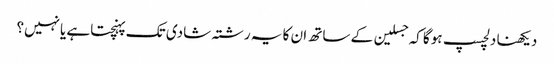
دیکھنا دلچسپ ہوگا کہ جسلین کے ساتھ ان کا یہ رشتہ شادی تک پہنچتاہے یانہیں؟